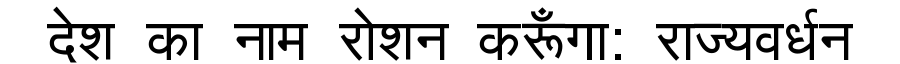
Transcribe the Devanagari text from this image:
देश का नाम रोशन करूँगा: राज्यवर्धन